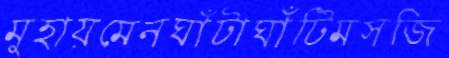
মুহায়মেনঘাঁটাঘাঁটিমসজি